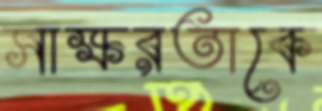
সাক্ষরতাকে